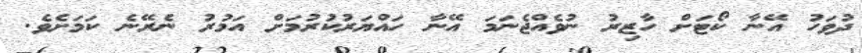
ދުވަހު އޭނާ ކޯޓަށް ހާޒިރު ނުވެއްޖެނަމަ އޭނާ ހައްޔަރުކުރުމަށް އަމުރު ނެރޭނެ ކަމަށެވެ.